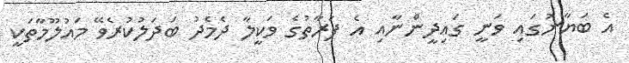
އެ ބަޔާނުގައި ވަނީ ގައިދީންނާއި އެ ފަރާތުގެ ވަކީލާ ދެމެދު ބަދަލުކުރެވޭ މައުލޫމާތަކީ